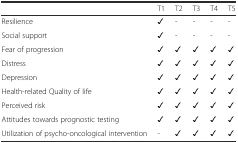
|  | T1 | T2 | T3 | T4 | T5 |
 | --- | --- | --- | --- | --- | --- |
 | Resilience | ✓ | - | - | - | - |
 | Social support | ✓ | - | - | - | - |
 | Fear of progression | ✓ | ✓ | ✓ | ✓ | ✓ |
 | Distress | ✓ | ✓ | ✓ | ✓ | ✓ |
 | Depression | ✓ | ✓ | ✓ | ✓ | ✓ |
 | Health-related Quality of life | ✓ | ✓ | ✓ | ✓ | ✓ |
 | Perceived risk | ✓ | ✓ | ✓ | ✓ | ✓ |
 | Attitudes towards prognostic testing | ✓ | ✓ | ✓ | ✓ | ✓ |
 | Utilization of psycho-oncological intervention | - | ✓ | ✓ | ✓ | ✓ |